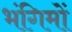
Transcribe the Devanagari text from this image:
भंगिमों